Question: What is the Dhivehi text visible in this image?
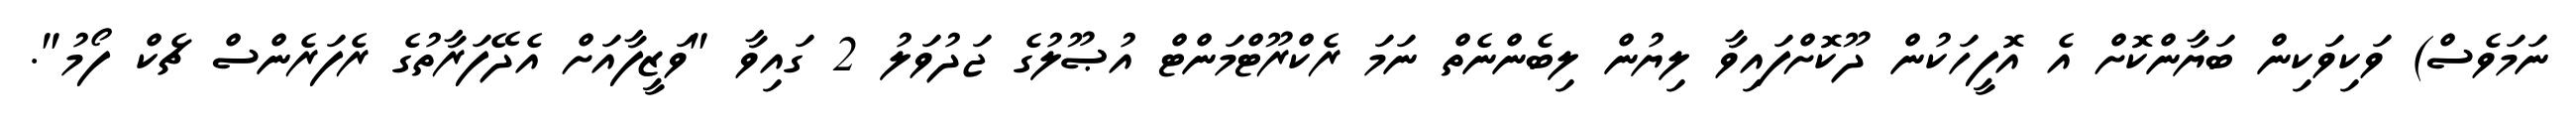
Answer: ނަމަވެސް) ވަކިވަކިން ބަޔާންކޮށް އެ އޮފީހަކުން ދޫކޮށްފައިވާ ލިޔުން ލިބެންނެތް ނަމަ ރެކްރޫޓްމަންޓް އުޞޫލުގެ ޖަދުވަލު 2 ގައިވާ "ވަޒީފާއަށް އެދޭފަރާތުގެ ރެފަރެންސް ޗެކް ފޯމު".